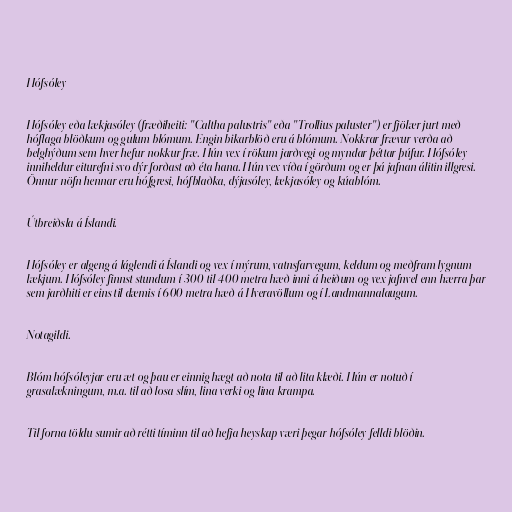
Hófsóley

Hófsóley eða lækjasóley (fræðiheiti: "Caltha palustris" eða "Trollius paluster") er fjölær jurt með
hóflaga blöðkum og gulum blómum. Engin bikarblöð eru á blómum. Nokkrar frævur verða að
belghýðum sem hver hefur nokkur fræ. Hún vex í rökum jarðvegi og myndar þéttar þúfur. Hófsóley
inniheldur eiturefni svo dýr forðast að éta hana. Hún vex víða í görðum og er þá jafnan álitin illgresi.
Önnur nöfn hennar eru hófgresi, hófblaðka, dýjasóley, lækjasóley og kúablóm.

Útbreiðsla á Íslandi.

Hófsóley er algeng á láglendi á Íslandi og vex í mýrum, vatnsfarvegum, keldum og meðfram lygnum
lækjum. Hófsóley finnst stundum í 300 til 400 metra hæð inni á heiðum og vex jafnvel enn hærra þar
sem jarðhiti er eins til dæmis í 600 metra hæð á Hveravöllum og í Landmannalaugum.

Notagildi.

Blóm hófsóleyjar eru æt og þau er einnig hægt að nota til að lita klæði. Hún er notuð í
grasalækningum, m.a. til að losa slím, lina verki og lina krampa.

Til forna töldu sumir að rétti tíminn til að hefja heyskap væri þegar hófsóley felldi blöðin.